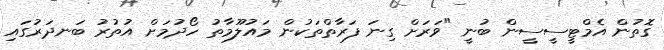
ގޮތުން އެމްޓީސީސީން ބުނީ "ވަރަށް ގިނަ ފަރާތްތަކުން މައުލޫމާތު ހޯދުމަށް އުތުރު ބަނދަރުގައި